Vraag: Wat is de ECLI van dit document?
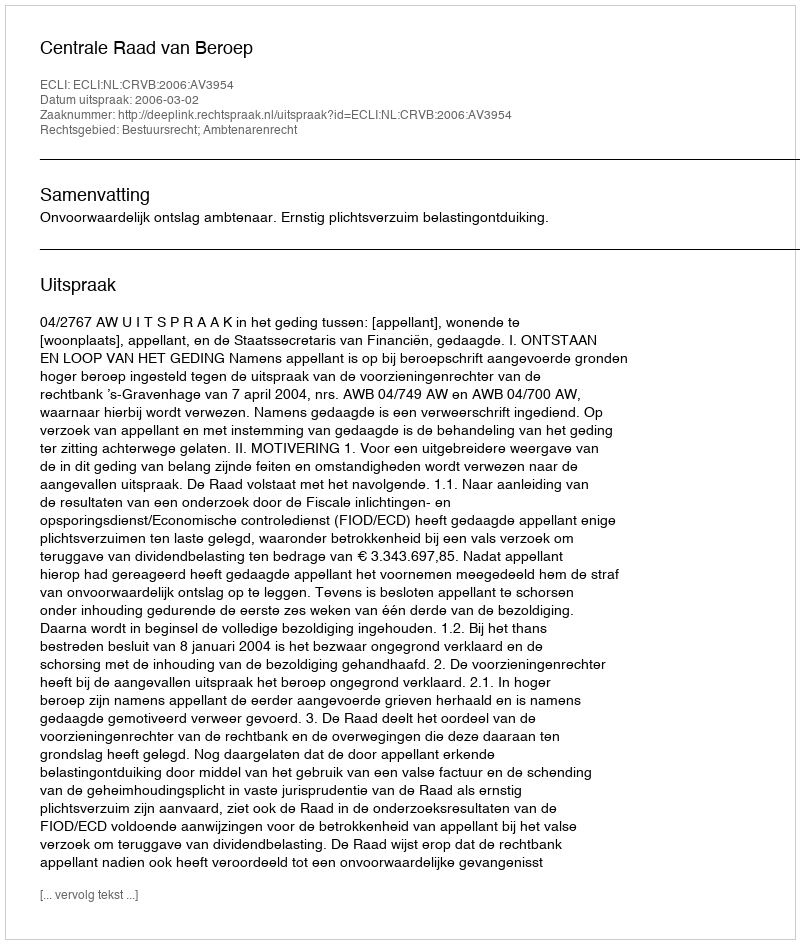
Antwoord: ECLI:NL:CRVB:2006:AV3954